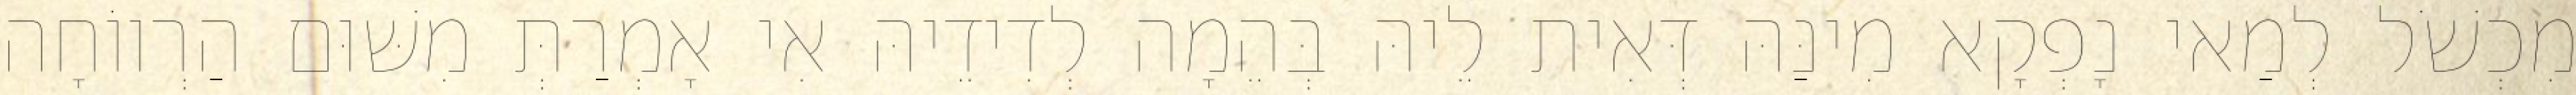
מִכְשֹׁל לְמַאי נָפְקָא מִינַּהּ דְּאִית לֵיהּ בְּהֵמָה לְדִידֵיהּ אִי אָמְרַתְּ מִשּׁוּם הַרְווֹחָה